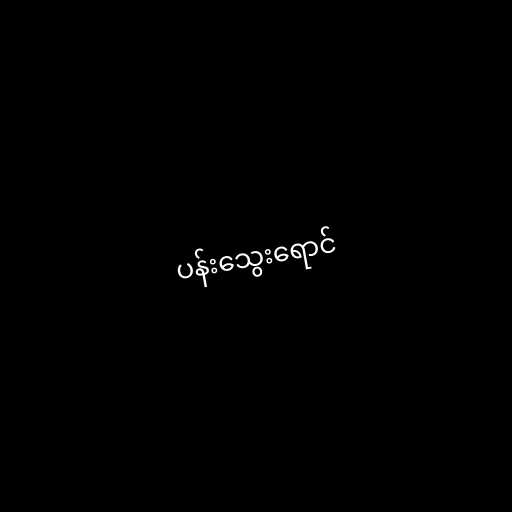
ပန်းသွေးရောင်